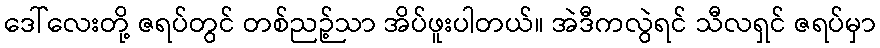
ဒေါ်လေးတို့ ဇရပ်တွင် တစ်ညဉ့်သာ အိပ်ဖူးပါတယ်။ အဲဒီကလွဲရင် သီလရှင် ဇရပ်မှာ